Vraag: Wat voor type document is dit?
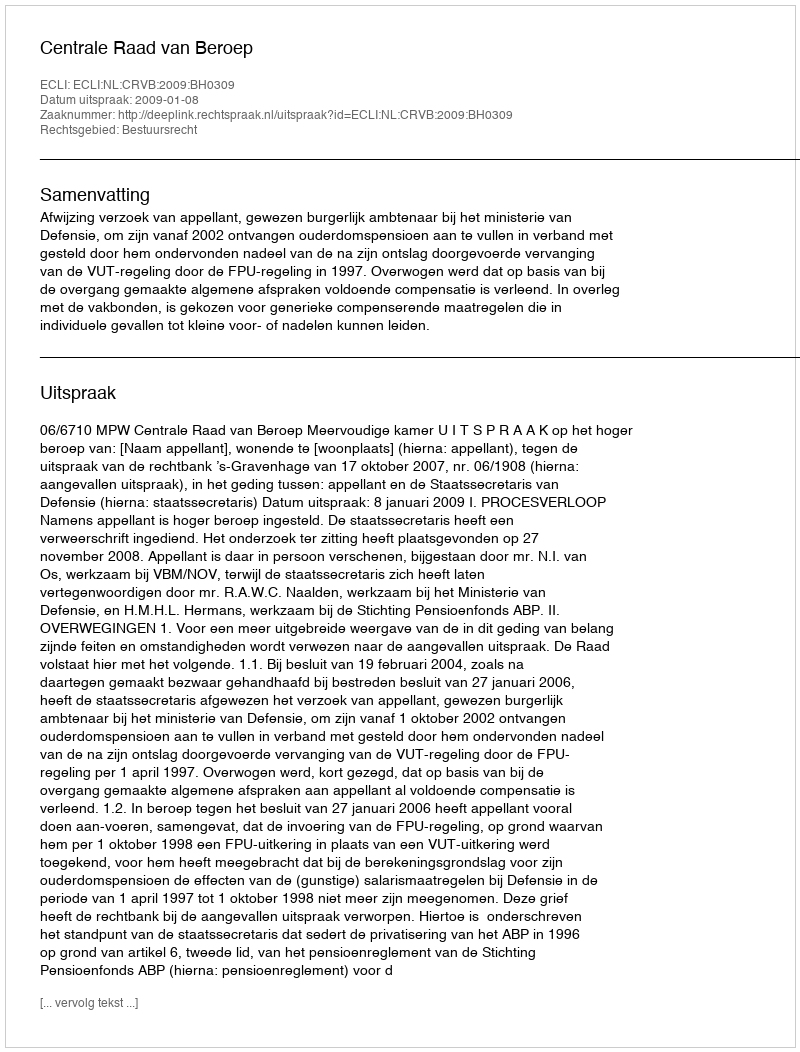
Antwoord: Uitspraak